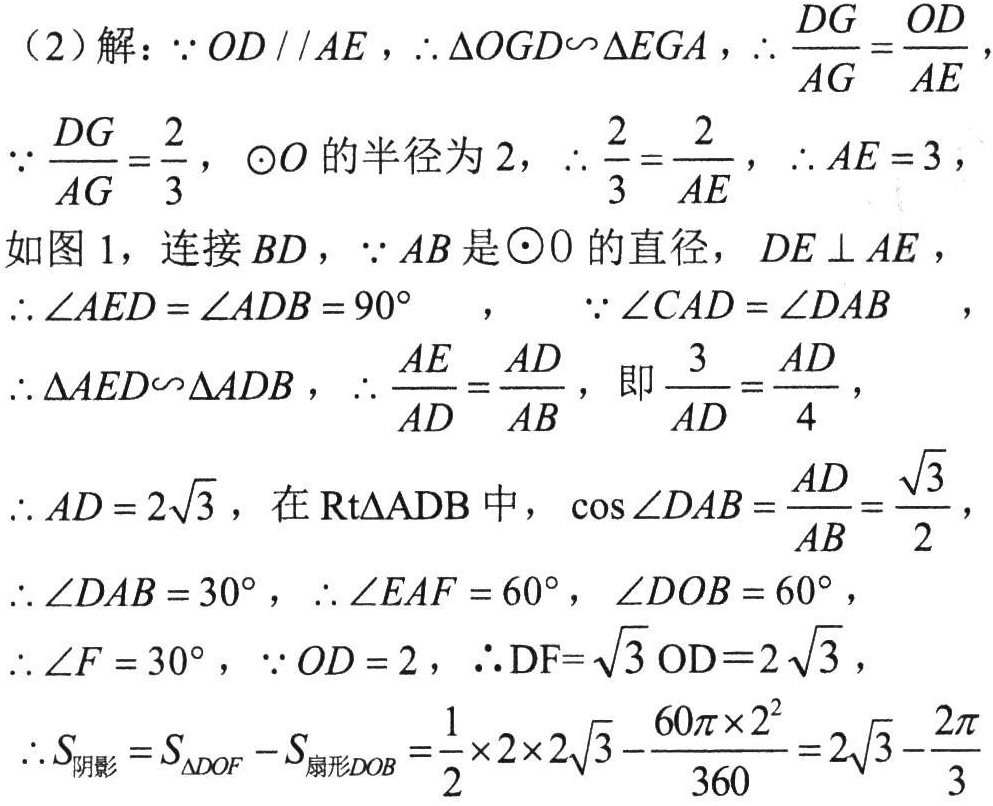
（2）解：\(\because OD\parallel AE\)，\(\therefore \triangle  OGD\sim\triangle EGA\)，\(\therefore \frac{DG}{AG}=\frac{OD}{AE}\)，
\(\because \frac{DG}{AG}=\frac{2}{3}\)，\(\odot O\)的半径为\(2\)，\(\therefore \frac{2}{3}=\frac{2}{AE}\)，\(\therefore AE = 3\)，
如图 1，连接\(BD\)，\(\because AB\)是\(\odot 0\)的直径，\(DE\perp AE\)，
\(\therefore \angle AED=\angle ADB = 90^{\circ}\) ， \(\because \angle CAD=\angle DAB\) ，
\(\therefore \triangle AED\sim\triangle ADB\)，\(\therefore \frac{AE}{AD}=\frac{AD}{AB}\)，即\(\frac{3}{AD}=\frac{AD}{4}\)，
\(\therefore AD = 2\sqrt{3}\)，在\(\text{Rt}\triangle ADB\)中，\(\cos\angle DAB=\frac{AD}{AB}=\frac{\sqrt{3}}{2}\)，
\(\therefore \angle DAB = 30^{\circ}\)，\(\therefore \angle EAF = 60^{\circ}\)，\(\angle DOB = 60^{\circ}\)，
\(\therefore \angle F = 30^{\circ}\)，\(\because OD = 2\)，\(\therefore DF = \sqrt{3}OD = 2\sqrt{3}\)，
\(\therefore S_{阴影}=S_{\triangle DOF}-S_{扇形DOB}=\frac{1}{2}\times 2\times 2\sqrt{3}-\frac{60\pi\times 2^{2}}{360}=2\sqrt{3}-\frac{2\pi}{3}\)